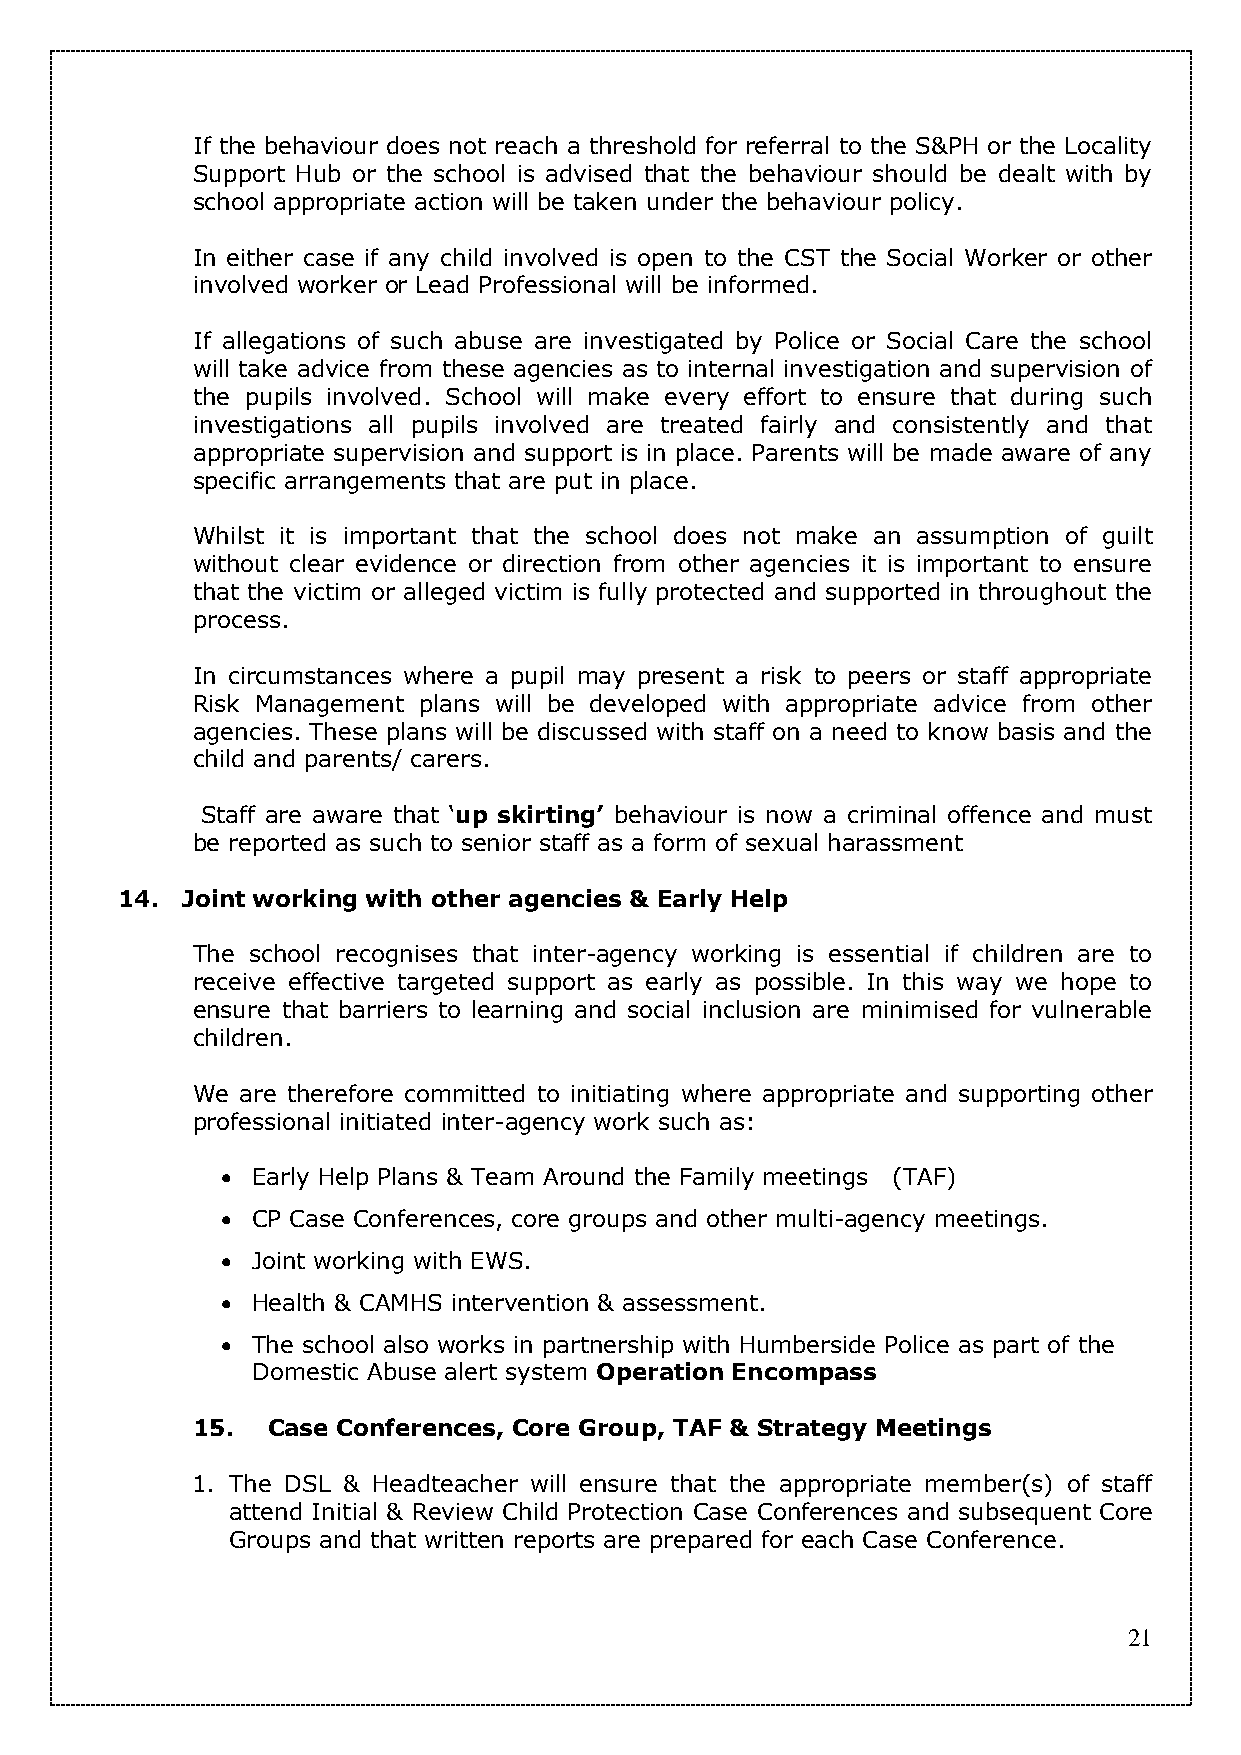
If the behaviour does not reach a threshold for referral to the S&PH or the Locality
 Support Hub or the school is advised that the behaviour should be dealt with by
 school appropriate action will be taken under the behaviour policy.
 In either case if any child involved is open to the CST the Social Worker or other
 involved worker or Lead Professional will be informed.
 If allegations of such abuse are investigated by Police or Social Care the school
 will take advice from these agencies as to internal investigation and supervision of
 the pupils involved. School will make every effort to ensure that during such
 investigations all pupils involved are treated fairly and consistently and that
 appropriate supervision and support is in place. Parents will be made aware of any
 specific arrangements that are put in place.
 Whilst it is important that the school does not make an assumption of guilt
 without clear evidence or direction from other agencies it is important to ensure
 that the victim or alleged victim is fully protected and supported in throughout the
 process.
 In circumstances where a pupil may present a risk to peers or staff appropriate
 Risk Management plans will be developed with appropriate advice from other
 agencies. These plans will be discussed with staff on a need to know basis and the
 child and parents/ carers.
 Staff are aware that ‘up skirting’ behaviour is now a criminal offence and must
 be reported as such to senior staff as a form of sexual harassment
 14. Joint working with other agencies & Early Help
 The school recognises that inter-agency working is essential if children are to
 receive effective targeted support as early as possible. In this way we hope to
 ensure that barriers to learning and social inclusion are minimised for vulnerable
 children.
 We are therefore committed to initiating where appropriate and supporting other
 professional initiated inter-agency work such as:
  Early Help Plans & Team Around the Family meetings (TAF)
  CP Case Conferences, core groups and other multi-agency meetings.
  Joint working with EWS.
  Health & CAMHS intervention & assessment.
  The school also works in partnership with Humberside Police as part of the
 Domestic Abuse alert system Operation Encompass
 15.  Case Conferences, Core Group, TAF & Strategy Meetings
 1. The DSL & Headteacher will ensure that the appropriate member(s) of staff
 attend Initial & Review Child Protection Case Conferences and subsequent Core
 Groups and that written reports are prepared for each Case Conference.
 21